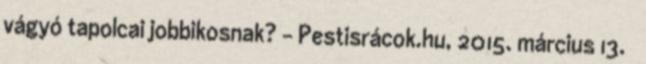
vágyó tapolcai jobbikosnak? – Pestisrácok.hu, 2015. március 13. ↑